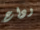
وداع